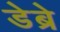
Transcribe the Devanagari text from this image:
डेब्रे